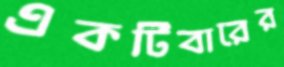
একটিবারের